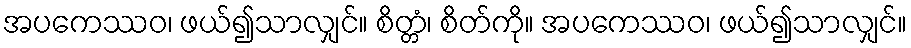
အပကေဿဝ၊ ဖယ်၍သာလျှင်။ စိတ္တံ၊ စိတ်ကို။ အပကေဿဝ၊ ဖယ်၍သာလျှင်။